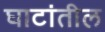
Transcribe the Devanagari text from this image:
घाटांतील